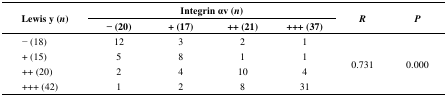
<table><thead><tr><td rowspan="2"><b>Lewis y (<i>n</i>)</b></td><td colspan="4"><b>Integrin αv (<i>n</i>)</b></td><td rowspan="2"><b><i>R</i></b></td><td rowspan="2"><b><i>P</i></b></td></tr><tr><td><b>− (20)</b></td><td><b>+ (17)</b></td><td><b>++ (21)</b></td><td><b>+++ (37)</b></td></tr></thead><tbody><tr><td>− (18)</td><td>12</td><td>3</td><td>2</td><td>1</td><td rowspan="4">0.731</td><td rowspan="4">0.000</td></tr><tr><td>+ (15)</td><td>5</td><td>8</td><td>1</td><td>1</td></tr><tr><td>++ (20)</td><td>2</td><td>4</td><td>10</td><td>4</td></tr><tr><td>+++ (42)</td><td>1</td><td>2</td><td>8</td><td>31</td></tr></tbody></table>